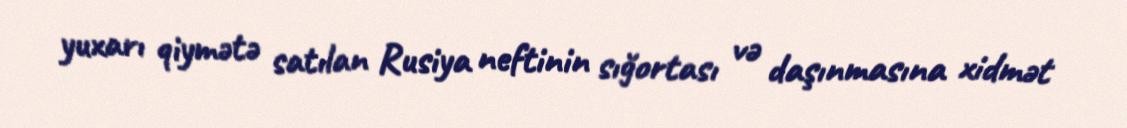
yuxarı qiymətə satılan Rusiya neftinin sığortası və daşınmasına xidmət